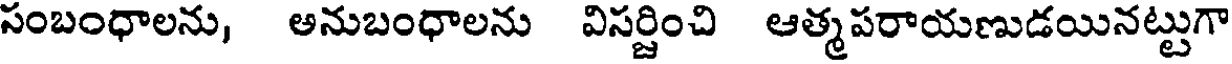
సంబంధాలను, అనుబంధాలను విసర్జించి ఆత్మపరాయణుడయినట్టుగా